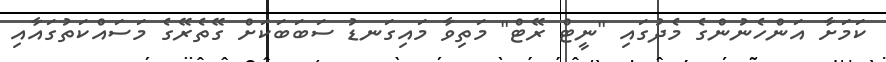
ކަމަށާ އަންހެނުންގެ މެދުގައި "ނީޓް ރޭޓް" މަތިވާ މައިގަނޑު ސަބަބަކަށް ގޭތެރޭގެ މަސައްކަތުގައާއި